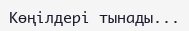
Көңілдері тынады...